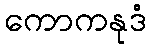
ကောကနုဒံ